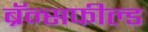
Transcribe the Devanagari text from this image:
ब्रॅन्सफील्ड